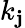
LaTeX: k_{\mathbf{j}}